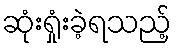
ဆုံးရှုံးခဲ့ရသည့်